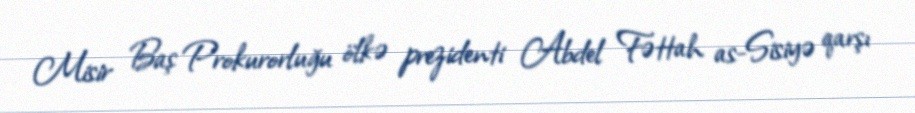
Misir Baş Prokurorluğu ölkə prezidenti Abdel Fəttah as-Sisiyə qarşı